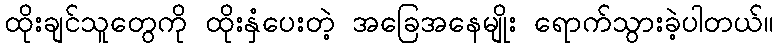
ထိုးချင်သူတွေကို ထိုးနှံပေးတဲ့ အခြေအနေမျိုး ရောက်သွားခဲ့ပါတယ်။